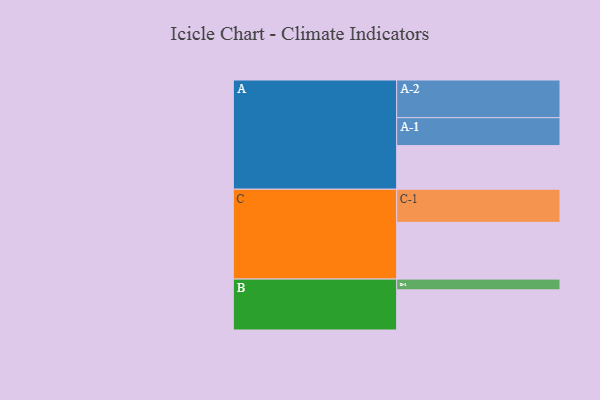
{"axis": {"x": "Segment", "y": "Value"}, "legend": ["", "A", "B", "C"], "data": [{"x": "A", "y": 329, "type": ""}, {"x": "B", "y": 303, "type": ""}, {"x": "C", "y": 428, "type": ""}, {"x": "A-1", "y": 211, "type": "A"}, {"x": "A-2", "y": 284, "type": "A"}, {"x": "B-1", "y": 81, "type": "B"}, {"x": "C-1", "y": 250, "type": "C"}]}